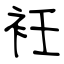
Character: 衽